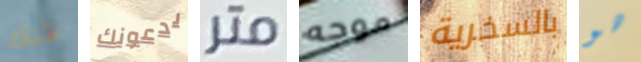
ظنك يدعونك متر موجه بالسخرية هو